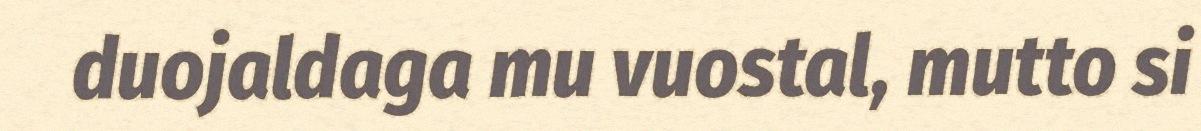
duojaldaga mu vuostal, mutto si